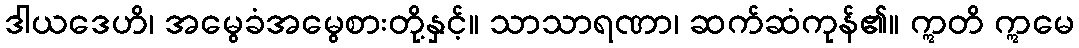
ဒါယဒေဟိ၊ အမွေခံအမွေစားတို့နှင့်။ သာသာရဏာ၊ ဆက်ဆံကုန်၏။ ဣတိ ဣမေ